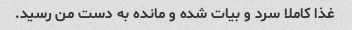
غذا کاملا سرد و بیات شده و مانده به دست من رسید.